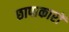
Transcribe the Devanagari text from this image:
छापाकारों